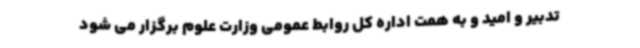
تدبیر و امید و به همت اداره کل روابط عمومی وزارت علوم برگزار می شود